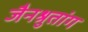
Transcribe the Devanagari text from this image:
जैनश्रुतांग